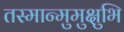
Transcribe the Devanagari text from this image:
तस्मान्मुमुक्षुभि